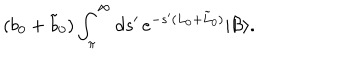
LaTeX: ( b _ { 0 } + \tilde { b } _ { 0 } ) \int _ { \pi } ^ { \infty } d s ^ { \prime } \, e ^ { - s ^ { \prime } ( L _ { 0 } + \tilde { L } _ { 0 } ) } | \mathcal { B } \rangle .